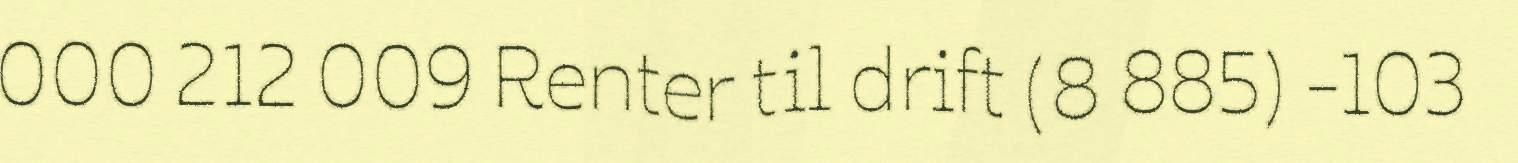
000 212 009 Renter til drift (8 885) -103